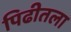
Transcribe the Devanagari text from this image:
पिढीतला